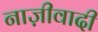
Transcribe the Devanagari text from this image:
नाज़ीवादी